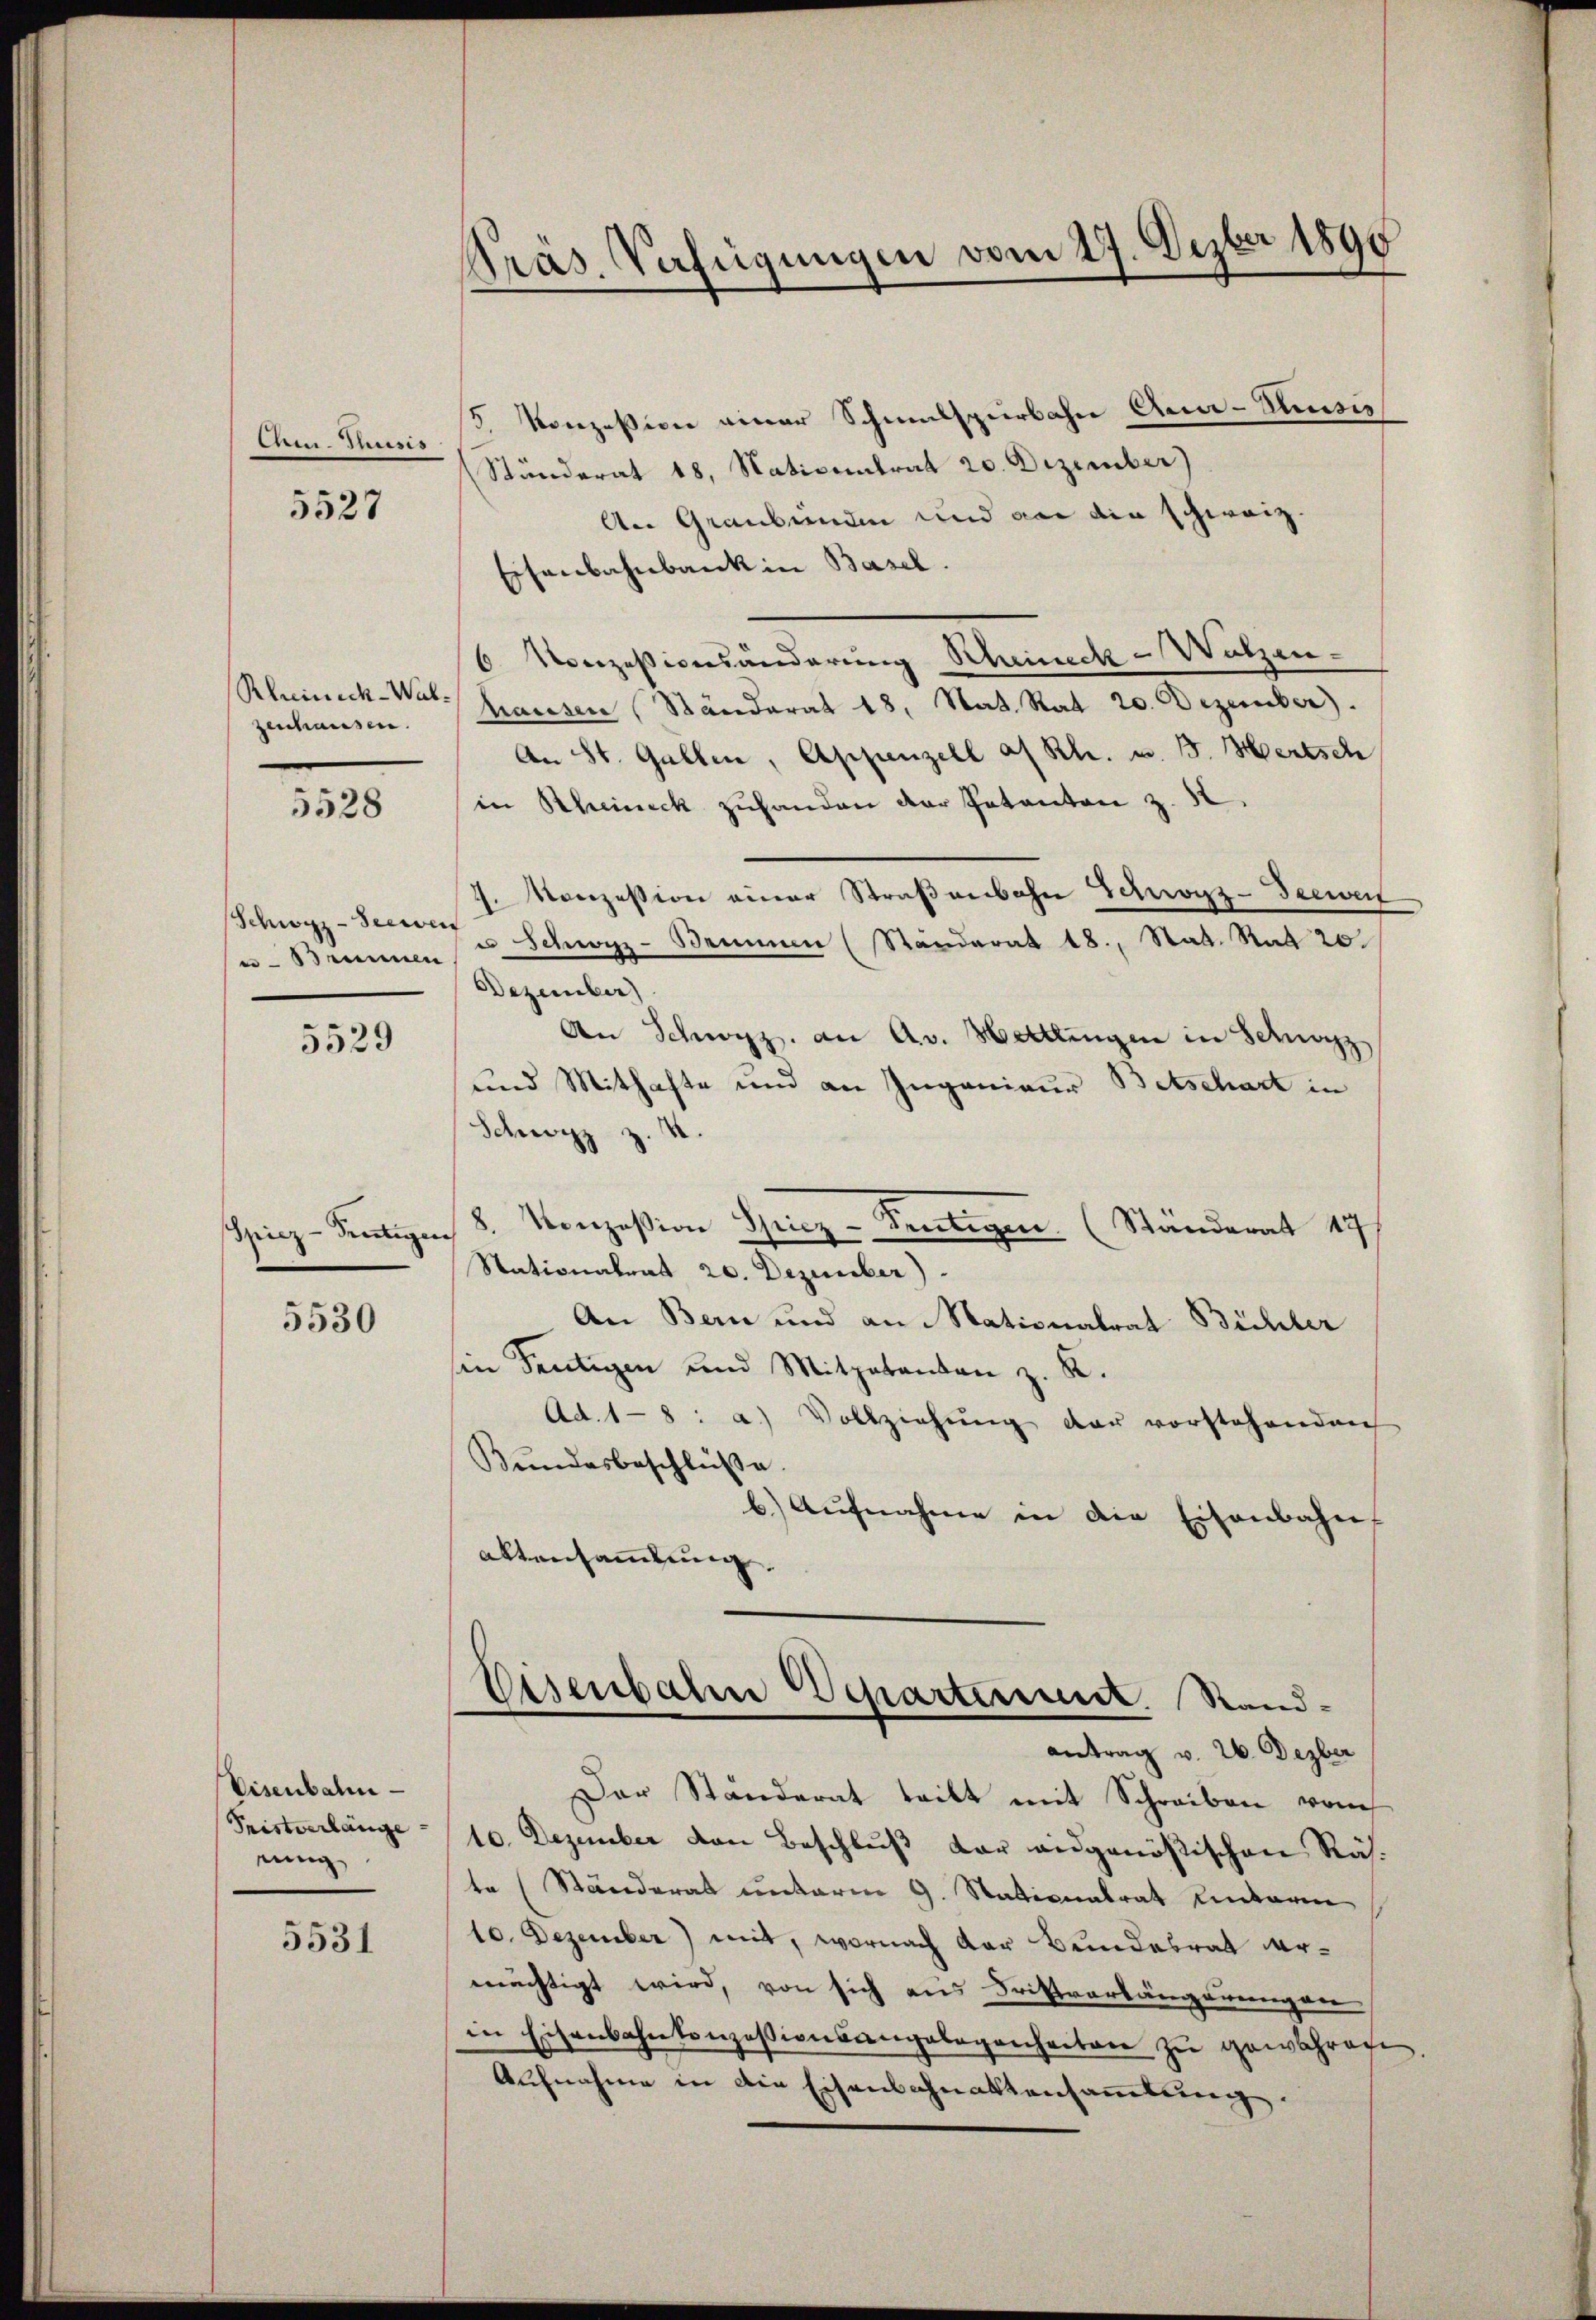
Aem-Thusis
5527

zenhausen.

5528

Schwyz -Seewen

5529

Spiez-Sentigen

5530

Eisenbahn
Tristverlänge
nung

5531

Präs. Verfügungen vom 29. Dezbr 1890

5. Konzession einer Schmulspierbahn Cen-Ausiz
Ständerat 18. Nativentrat 20. Dezember)
An Graubünden und das die schweiz.
Eisenbahnbank in Basel.
Vonzessionsänderung Scheineck-Wützen-
6
Rheineck-Wald hausen Ständerat 18. Nat. Rat 20. Dezember).
An St. Gallen, Appenzell a. Rh. u. B. Mertsch
in Scheineck zuhanden der Patanton z.
1. Manzession einer Straßenbahn Schwarz-Deeweit
.
u- Brunnen u. Schwyz-Beinen (Ständerat 18. Stat. Rad 20.
Dezember)
An Schwyz, an Av. Hettlingen in Schwyz
und Mithafte und an Ingenieur Betschart in
.
Schwyz z.
8.
Konzession Spiez-Sentigen (Ständerat 47f
Stationalrat 20. Dezember).
An Bern und an Stationalrat Bichler
sin Teutigen und Mitgabanten z. R.
Ad. 18: a.) Vollziehung der vorstehenden
Bŭndesbeschlüße.
b. Aŭfnahme in die Eisenbahn
aktensammlung.
Eisenbahn Departement. Standantrag v. 26. Dezber
Der Ständerat teilt mit Schreiben vom
10. Dezember von Beschluß der eidgenößischen Räste (Ständerat unterm 9. Stationalrat Unterm
10. Dezember) mit, wornach der Bundesrat ermächtigt wird, von sich aus Fristvorlängerungen
in Eisenbahnkonzessionsangelegenheiten zu gewahrafe
Aufnahme in die Eisenbahnaktensammlung.